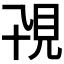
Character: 𧠍